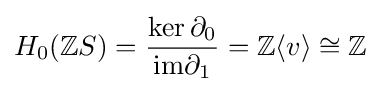
H_{0}(\mathbb {Z} S)={\frac {\ker \partial _{0}}{\mathrm {im} \partial _{1}}}=\mathbb {Z} \langle v\rangle \cong \mathbb {Z}